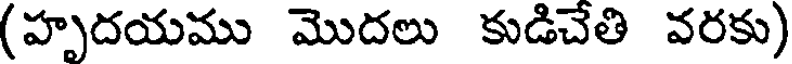
(హృదయము మొదలు కుడిచేతి వరకు)